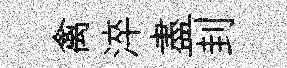
禽淬盡刲